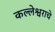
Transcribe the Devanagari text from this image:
कल्लेश्वराचे